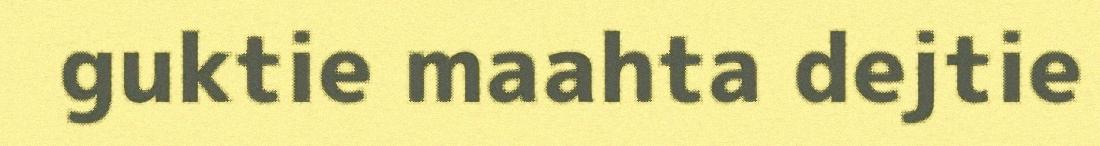
guktie maahta dejtie